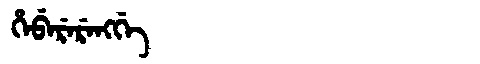
Manchu: ᡥᡝᠪᡝᡵᡝᡵᡝᠩᡤᡝ
Romanization: HEBERERENGGE